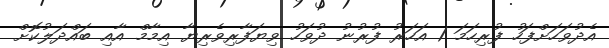
އެދުވަހަށްފަހު ފުރިހަމަ 1 އަހަރު ފުރުނު ދުވަހު ވިޔަފާރިވެރިޔާ އިމާމް އާއި ބައްދަލުކޮށް